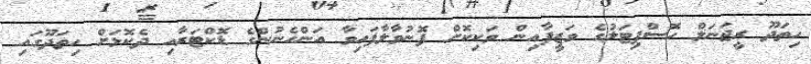
ހިތަދޫ ރީޖަނަލް ހޮސްޕިޓަލުގެ ވަޒީފާއިން ވަކިކޮށް ފޮނުވާލާފައިވާ އަންހެނުންގެ ޑޮކްޓަރާއި ދެކޮޅަށް ހިތަދޫގައި